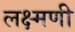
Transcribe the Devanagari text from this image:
लक्ष्मणी